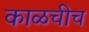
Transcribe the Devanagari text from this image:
काळचीच